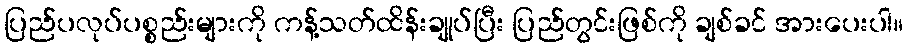
ပြည်ပလုပ်ပစ္စည်းများကို ကန့်သတ်ထိန်းချုပ်ပြီး ပြည်တွင်းဖြစ်ကို ချစ်ခင် အားပေးပါ။